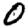
Digit: 0